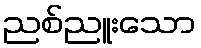
ညစ်ညူးသော